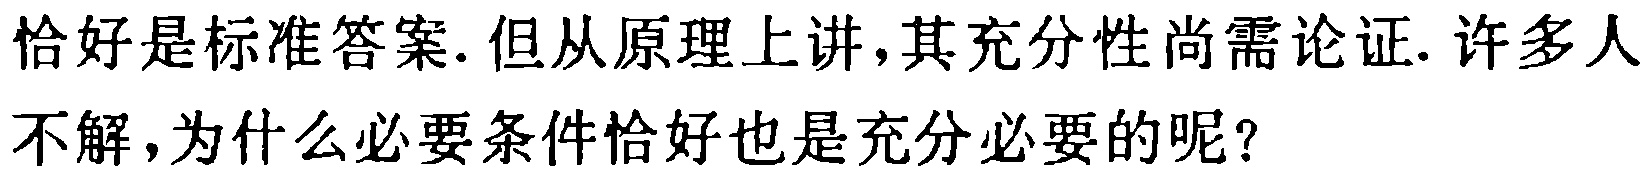
恰好是标准答案. 但从原理上讲,其充分性尚需论证. 许多人不解,为什么必要条件恰好也是充分必要的呢?